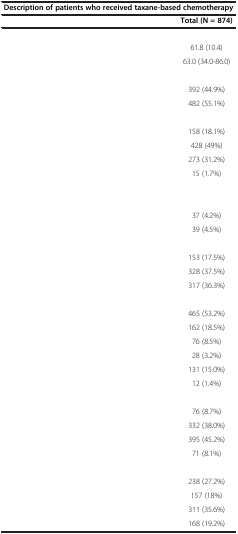
<table><thead><tr><td colspan="2">[EMPTY_CELL]</td></tr><tr><td colspan="2"><b>Description of patients who received taxane-based chemotherapy</b></td></tr><tr><td>[EMPTY_CELL]</td><td><b>Total (N = 874)</b></td></tr></thead><tbody><tr><td>[EMPTY_CELL]</td><td>[EMPTY_CELL]</td></tr><tr><td>[EMPTY_CELL]</td><td>61.8 (10.4)</td></tr><tr><td>[EMPTY_CELL]</td><td>63.0 (34.0-86.0)</td></tr><tr><td>[EMPTY_CELL]</td><td>[EMPTY_CELL]</td></tr><tr><td>[EMPTY_CELL]</td><td>392 (44.9%)</td></tr><tr><td>[EMPTY_CELL]</td><td>482 (55.1%)</td></tr><tr><td>[EMPTY_CELL]</td><td>[EMPTY_CELL]</td></tr><tr><td>[EMPTY_CELL]</td><td>158 (18.1%)</td></tr><tr><td>[EMPTY_CELL]</td><td>428 (49%)</td></tr><tr><td>[EMPTY_CELL]</td><td>273 (31.2%)</td></tr><tr><td>[EMPTY_CELL]</td><td>15 (1.7%)</td></tr><tr><td>[EMPTY_CELL]</td><td>[EMPTY_CELL]</td></tr><tr><td>[EMPTY_CELL]</td><td>[EMPTY_CELL]</td></tr><tr><td>[EMPTY_CELL]</td><td>37 (4.2%)</td></tr><tr><td>[EMPTY_CELL]</td><td>39 (4.5%)</td></tr><tr><td>[EMPTY_CELL]</td><td>[EMPTY_CELL]</td></tr><tr><td>[EMPTY_CELL]</td><td>153 (17.5%)</td></tr><tr><td>[EMPTY_CELL]</td><td>328 (37.5%)</td></tr><tr><td>[EMPTY_CELL]</td><td>317 (36.3%)</td></tr><tr><td>[EMPTY_CELL]</td><td>[EMPTY_CELL]</td></tr><tr><td>[EMPTY_CELL]</td><td>465 (53.2%)</td></tr><tr><td>[EMPTY_CELL]</td><td>162 (18.5%)</td></tr><tr><td>[EMPTY_CELL]</td><td>76 (8.5%)</td></tr><tr><td>[EMPTY_CELL]</td><td>28 (3.2%)</td></tr><tr><td>[EMPTY_CELL]</td><td>131 (15.0%)</td></tr><tr><td>[EMPTY_CELL]</td><td>12 (1.4%)</td></tr><tr><td>[EMPTY_CELL]</td><td>[EMPTY_CELL]</td></tr><tr><td>[EMPTY_CELL]</td><td>76 (8.7%)</td></tr><tr><td>[EMPTY_CELL]</td><td>332 (38.0%)</td></tr><tr><td>[EMPTY_CELL]</td><td>395 (45.2%)</td></tr><tr><td>[EMPTY_CELL]</td><td>71 (8.1%)</td></tr><tr><td>[EMPTY_CELL]</td><td>[EMPTY_CELL]</td></tr><tr><td>[EMPTY_CELL]</td><td>238 (27.2%)</td></tr><tr><td>[EMPTY_CELL]</td><td>157 (18%)</td></tr><tr><td>[EMPTY_CELL]</td><td>311 (35.6%)</td></tr><tr><td>[EMPTY_CELL]</td><td>168 (19.2%)</td></tr></tbody></table>